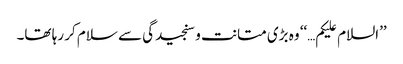
’’السلام علیکم…‘‘ وہ بڑی متانت و سنجیدگی سے سلام کر رہا تھا۔